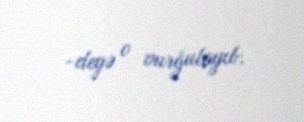
-deyə o vurğulayıb.